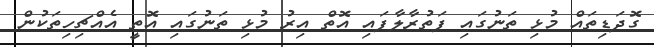
ގޮދަޑިތައް މުޅި ތަނުގައި ފަތުރާލާފައި އޮތް އިރު މުޅި ތަނުގައި އޮތީ އެއްޗިހިތަކުން